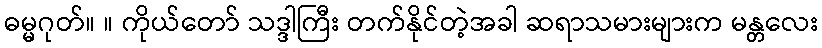
ဓမ္မဂုတ်။ ။ ကိုယ်တော် သဒ္ဒါကြီး တက်နိုင်တဲ့အခါ ဆရာသမားများက မန္တလေး